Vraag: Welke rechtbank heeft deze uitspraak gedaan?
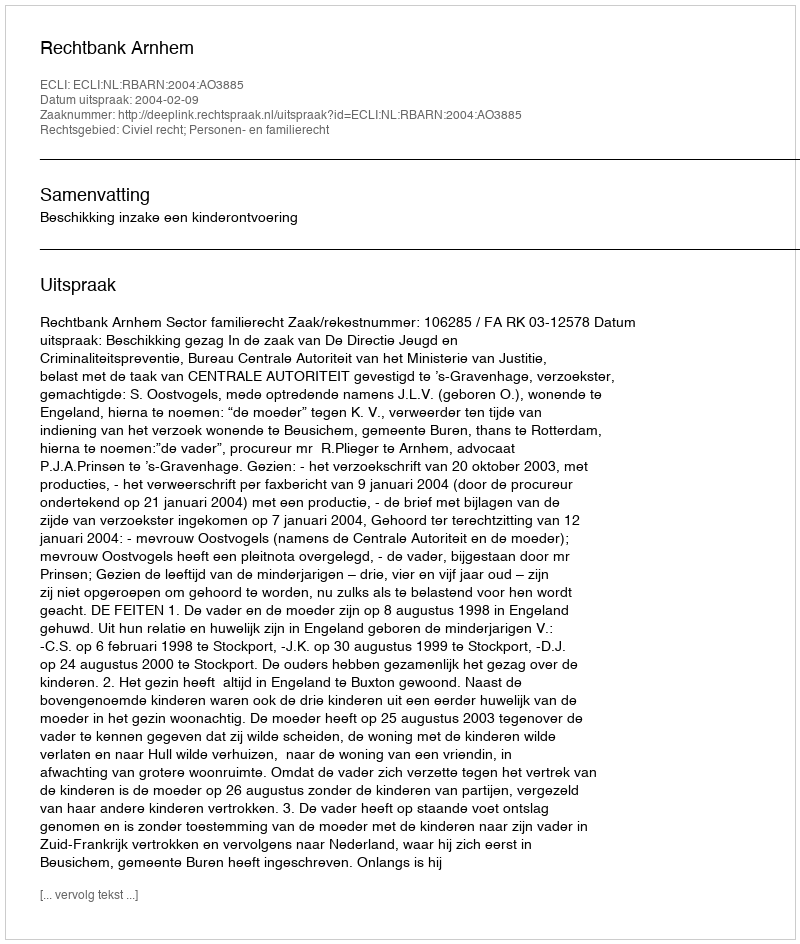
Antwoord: Rechtbank Arnhem